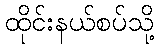
ထိုင်းနယ်စပ်သို့